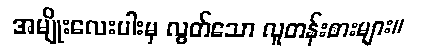
အမျိုးလေးပါးမှ လွတ်သော လူတန်းစားများ။